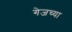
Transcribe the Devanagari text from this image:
गेजच्या